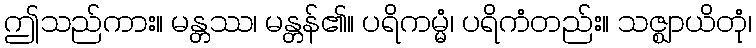
ဤသည်ကား။ မန္တဿ၊ မန္တန်၏။ ပရိကမ္မံ၊ ပရိကံတည်း။ သဇ္ဈာယိတုံ၊